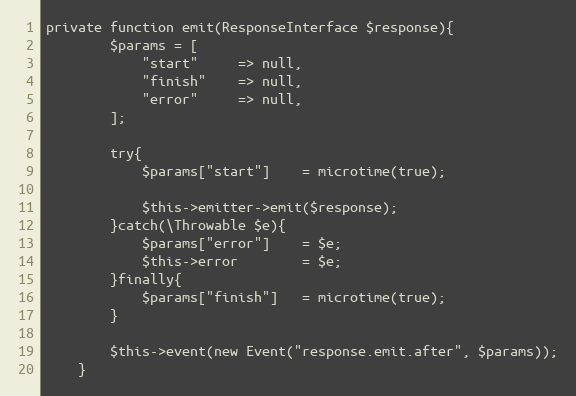
Language: PHP
private function emit(ResponseInterface $response){
        $params = [
            "start"     => null,
            "finish"    => null,
            "error"     => null,
        ];

        try{
            $params["start"]    = microtime(true);

            $this->emitter->emit($response);
        }catch(\Throwable $e){
            $params["error"]    = $e;
            $this->error        = $e;
        }finally{
            $params["finish"]   = microtime(true);
        }

        $this->event(new Event("response.emit.after", $params));
    }